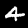
Label: 4